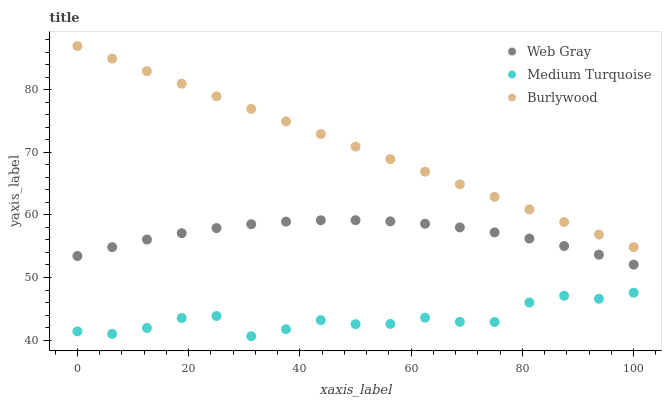
| xaxis_label | Web Gray | Medium Turquoise | Burlywood |
 | --- | --- | --- | --- |
 | 0 | 53.4 | 41.4 | 87 |
 | 6.25 | 54.9 | 41 | 85 |
 | 12.5 | 56.1 | 41.9 | 83 |
 | 18.8 | 57.1 | 43.5 | 81 |
 | 25 | 57.9 | 43.8 | 79 |
 | 31.2 | 58.5 | 40.6 | 77 |
 | 37.5 | 58.9 | 41.7 | 74.9 |
 | 43.8 | 59.1 | 43.2 | 72.9 |
 | 50 | 59.2 | 42.5 | 70.9 |
 | 56.2 | 59 | 42.6 | 68.9 |
 | 62.5 | 58.6 | 43.6 | 66.9 |
 | 68.8 | 58 | 42.9 | 64.9 |
 | 75 | 57.2 | 42.9 | 62.9 |
 | 81.2 | 56.2 | 46 | 60.9 |
 | 87.5 | 55 | 47.1 | 58.9 |
 | 93.8 | 53.6 | 46.6 | 56.9 |
 | 100 | 52.1 | 47.6 | 54.9 |